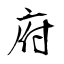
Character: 府